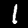
Digit: 1